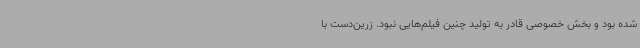
شده بود و بخش خصوصی قادر به تولید چنین فیلم‌هایی نبود. زرین‌دست با